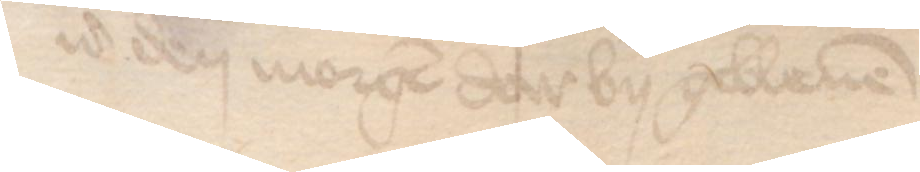
id den morgen da by gebleuen